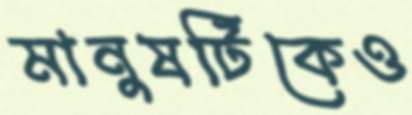
মানুষটিকেও